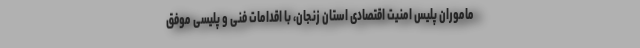
ماموران پلیس امنیت اقتصادی استان زنجان، با اقدامات فنی و پلیسی موفق